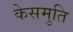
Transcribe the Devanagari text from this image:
केसमुति